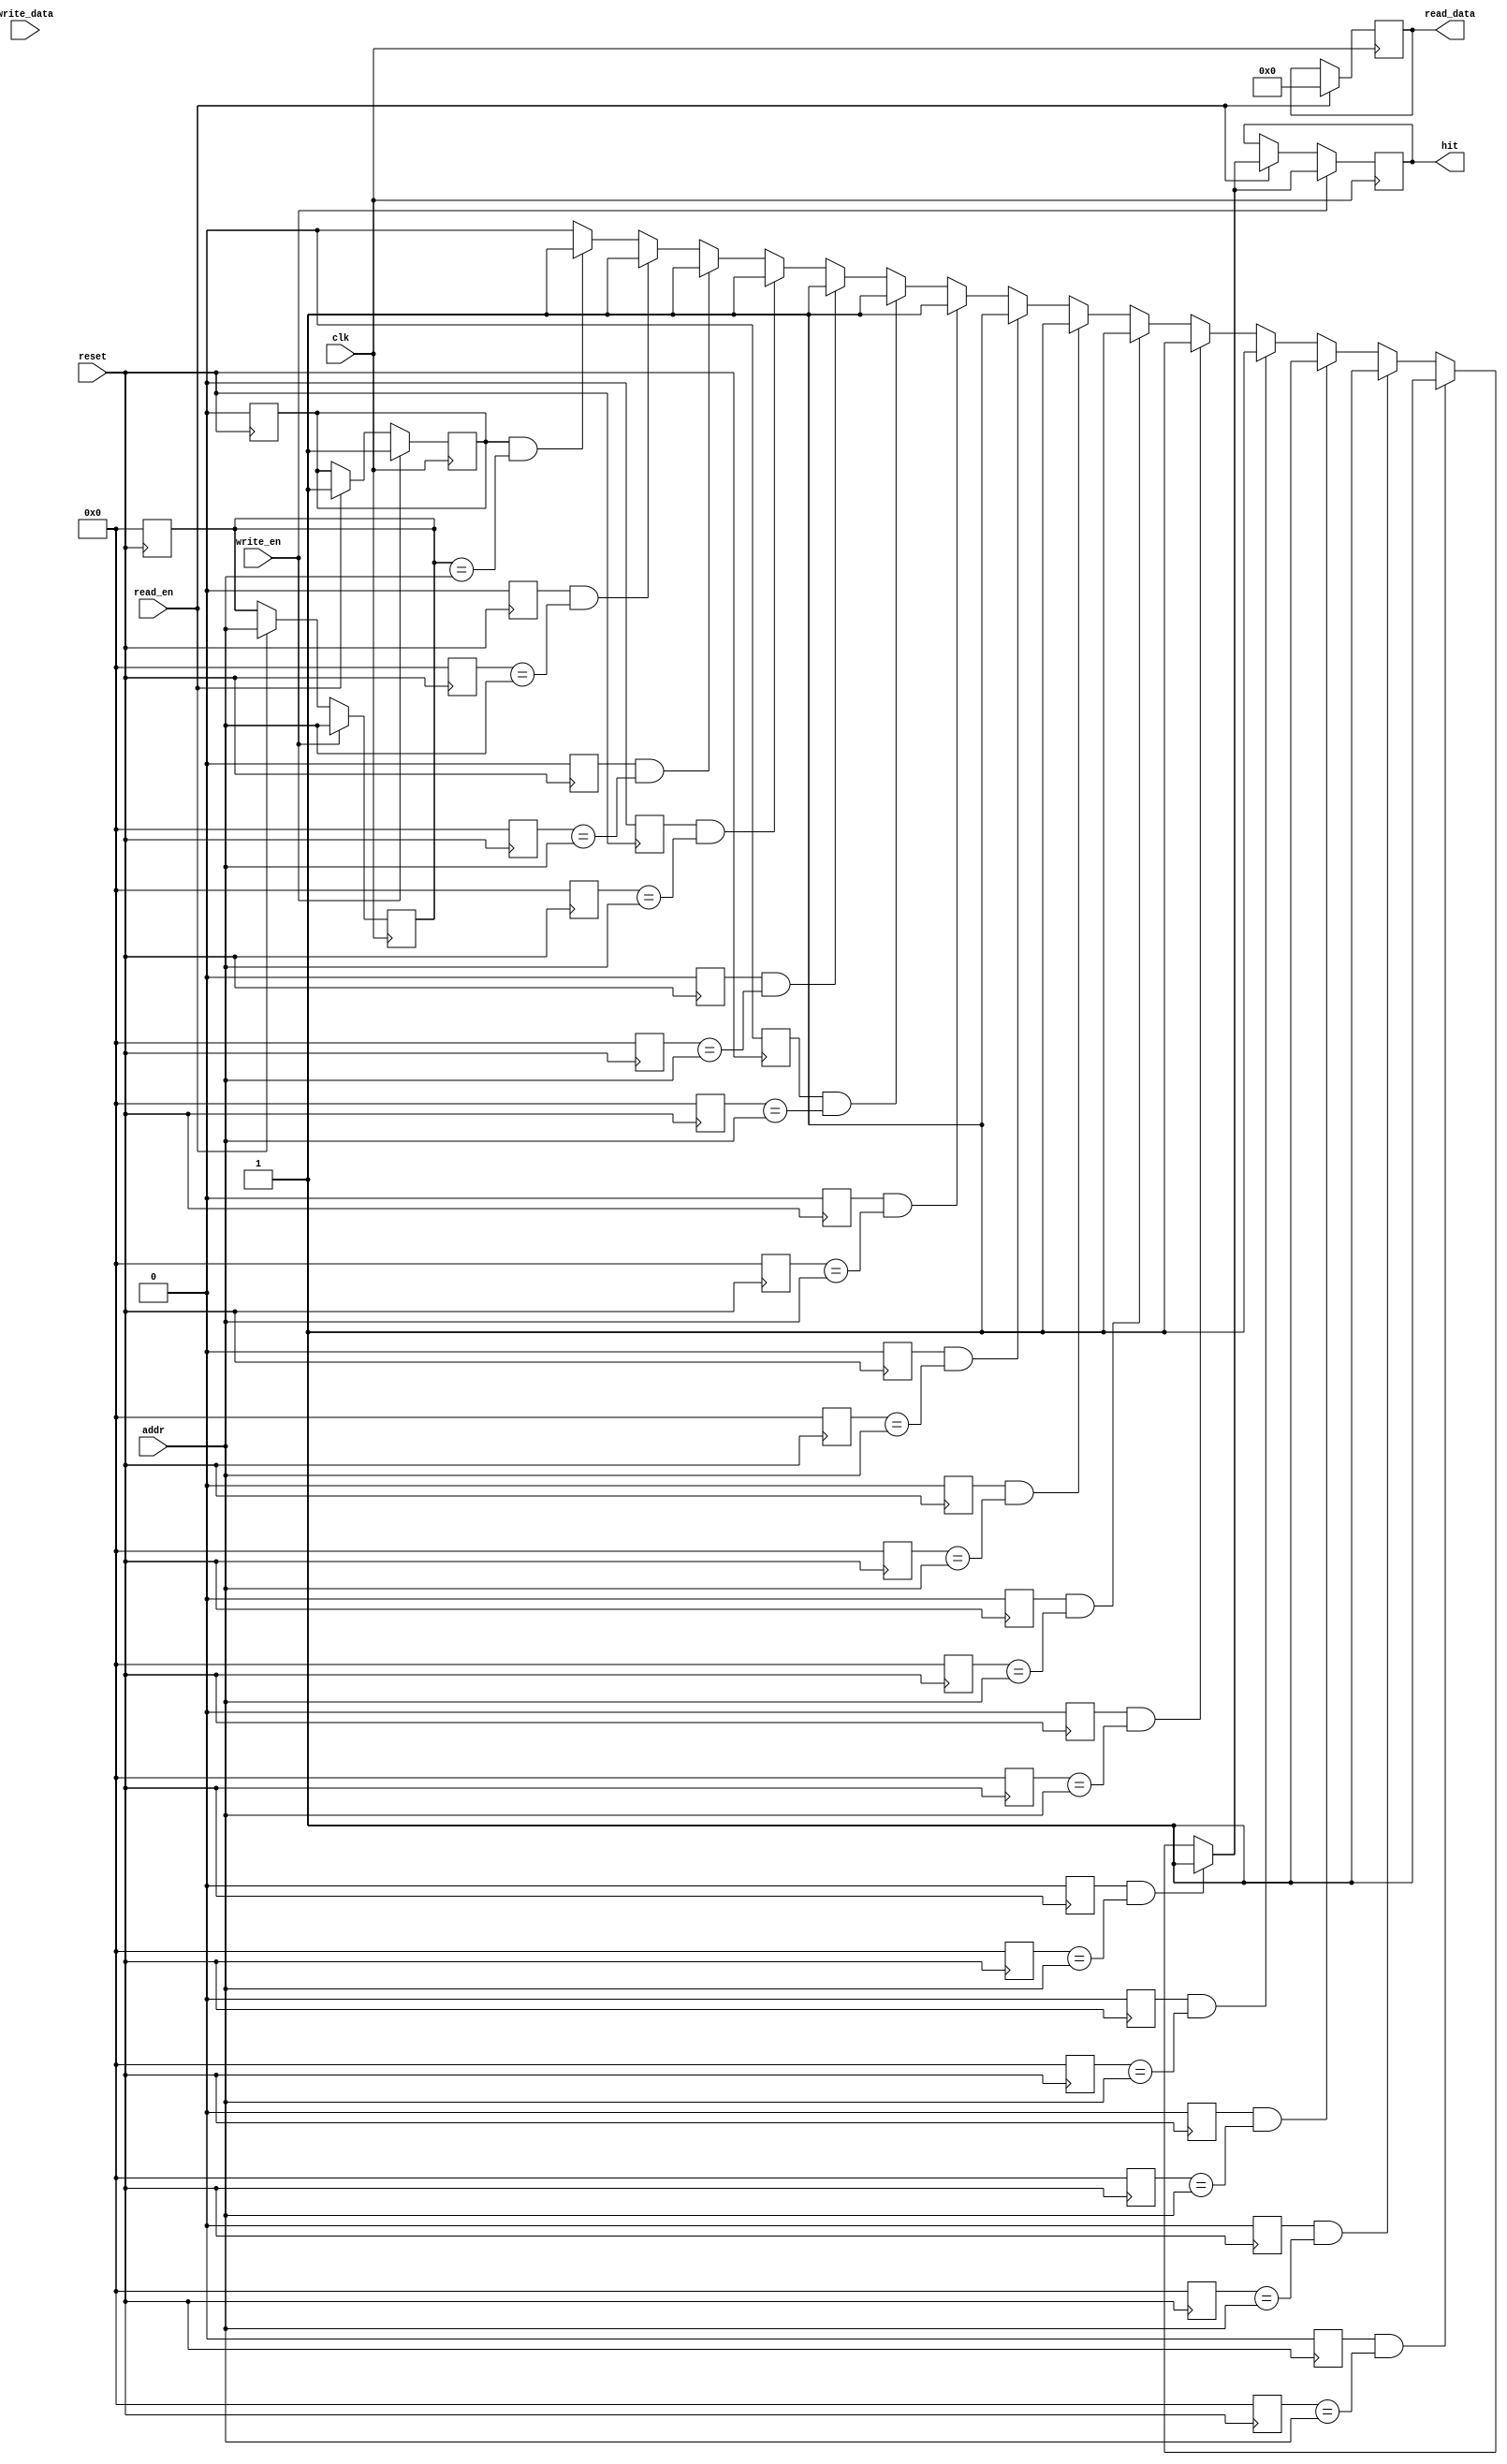
module write_back_cache #(
    parameter CACHE_SIZE = 16,       // Number of cache lines
    parameter LINE_SIZE = 4,         // Data size per cache line (in bytes)
    parameter TAG_SIZE = 8            // Size of the tag (in bits)
)(
    input wire clk,
    input wire reset,
    input wire [TAG_SIZE-1:0] addr,  // Memory address (tag only for simplicity)
    input wire [LINE_SIZE-1:0] write_data, // Data to write
    input wire read_en,
    input wire write_en,
    output reg [LINE_SIZE-1:0] read_data, // Data read from cache
    output reg hit                    // Hit signal
);

    // Cache line structure
    reg [TAG_SIZE-1:0] tag [0:CACHE_SIZE-1];
    reg [LINE_SIZE-1:0] data [0:CACHE_SIZE-1];
    reg dirty [0:CACHE_SIZE-1];
    reg valid [0:CACHE_SIZE-1];

    // Cache controller
    integer i;

    // Initialize the cache
    always @(posedge reset) begin
        for (i = 0; i < CACHE_SIZE; i = i + 1) begin
            valid[i] <= 1'b0;
            dirty[i] <= 1'b0;
            tag[i] <= {TAG_SIZE{1'b0}};
            data[i] <= {LINE_SIZE{1'b0}};
        end
    end

    // Read and Write operations
    always @(posedge clk) begin
        if (read_en) begin
            hit = 1'b0;
            for (i = 0; i < CACHE_SIZE; i = i + 1) begin
                if (valid[i] && (tag[i] == addr)) begin
                    read_data <= data[i];
                    hit <= 1'b1;
                end
            end
            
            // Simulate cache miss handling (fetch from main memory)
            if (!hit) begin
                // Here, you would add logic to fetch from main memory
                // For demonstration, we assume a fetch from memory returns a known value
                read_data <= {LINE_SIZE{1'b0}}; // Simulated data from memory
                // Update cache (this would typically be a new line)
                // For simplicity, we will just use the first line
                tag[0] <= addr;
                data[0] <= read_data;
                valid[0] <= 1'b1;
                dirty[0] <= 1'b0; // Initially not dirty
            end
        end

        if (write_en) begin
            hit = 1'b0;
            for (i = 0; i < CACHE_SIZE; i = i + 1) begin
                if (valid[i] && (tag[i] == addr)) begin
                    data[i] <= write_data; // Update the cache line
                    dirty[i] <= 1'b1;       // Mark as dirty
                    hit <= 1'b1;
                end
            end
            
            // Simulate cache miss handling (fetch from main memory)
            if (!hit) begin
                // Here, you would add logic to fetch the corresponding cache line from memory
                // For demonstration, we assume a fetch from memory returns a known value
                // Update cache (this would typically be a new line)
                // For simplicity, we will just use the first line
                tag[0] <= addr;
                data[0] <= write_data; // Write new data
                valid[0] <= 1'b1;
                dirty[0] <= 1'b1;       // Mark as dirty
            end
        end
    end

    // Handle eviction logic (write-back if dirty)
    always @(posedge clk) begin
        for (i = 0; i < CACHE_SIZE; i = i + 1) begin
            if (valid[i] && dirty[i]) begin
                // Write back to main memory (simulated)
                // Here you would implement the logic to write data[i] back to the main memory
                dirty[i] <= 1'b0; // Clear dirty bit after write-back
            end
        end
    end

endmodule